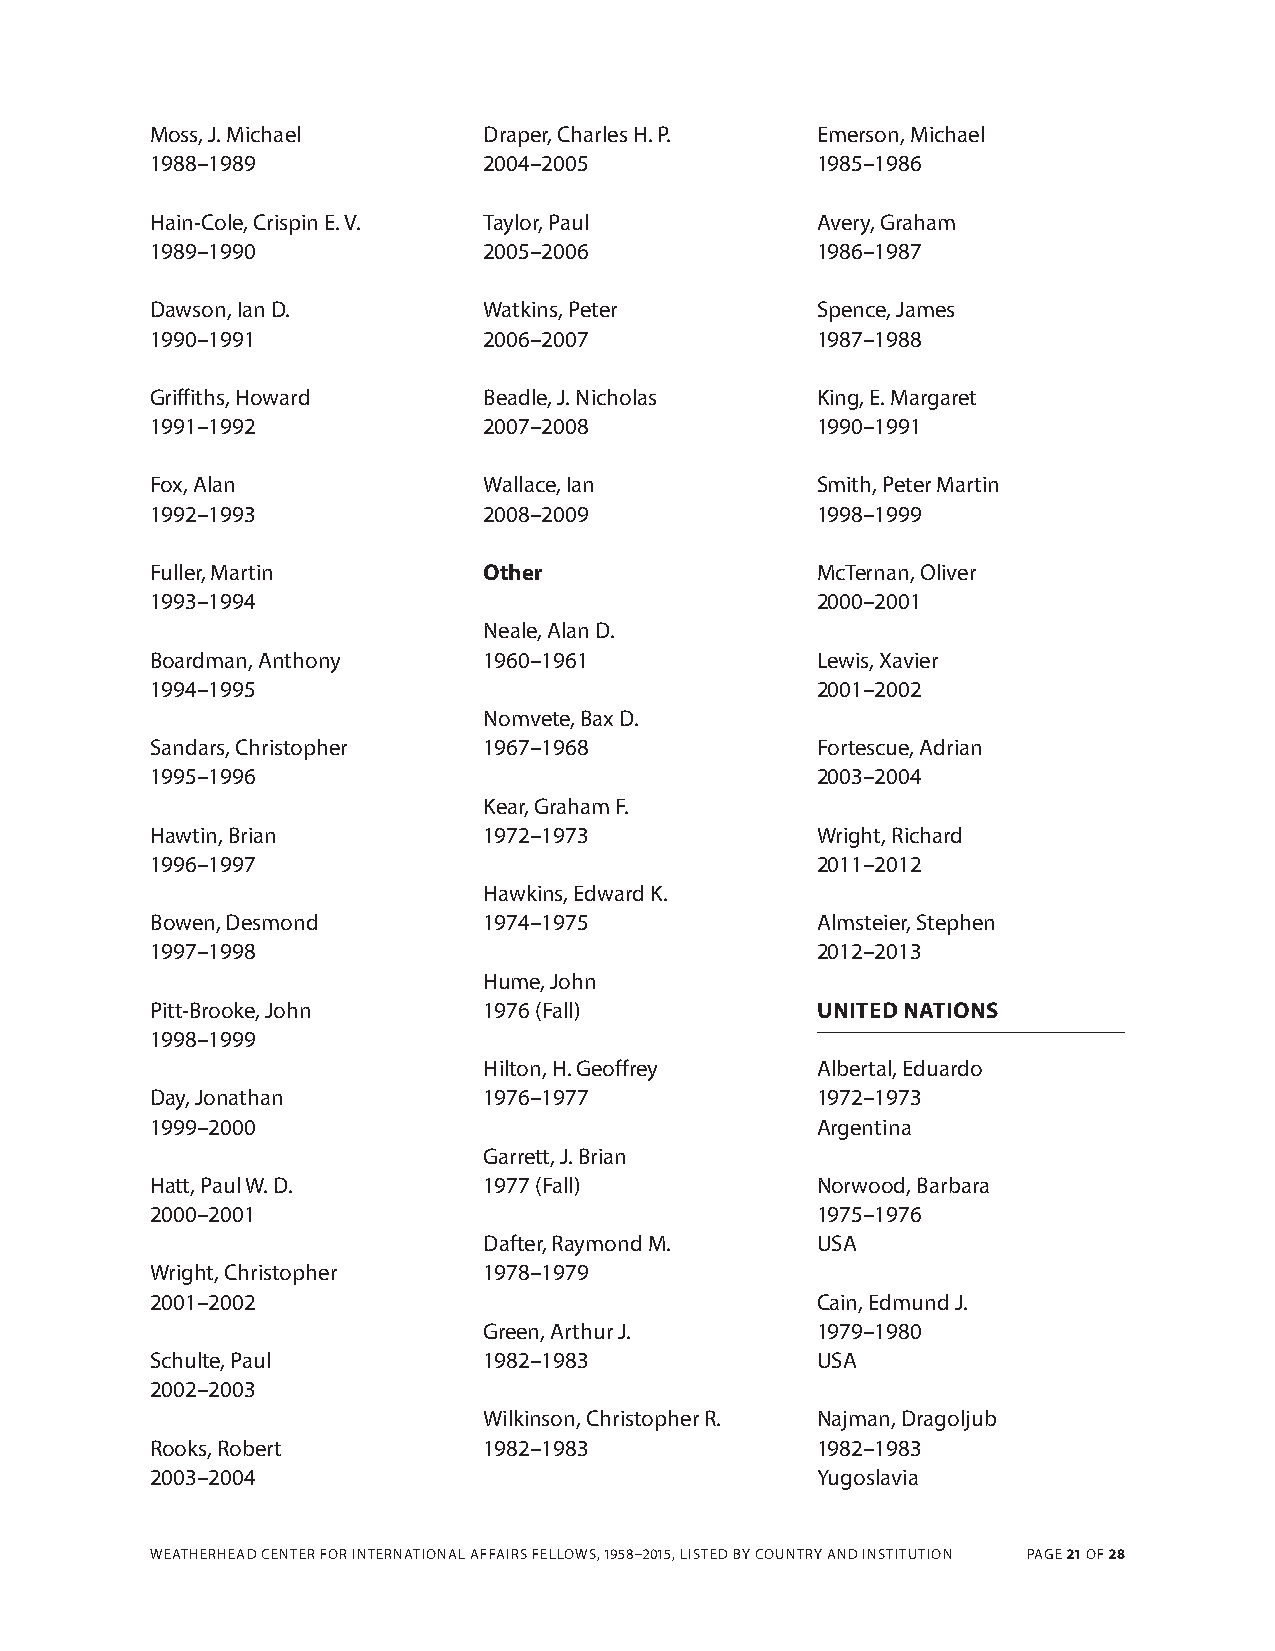
Moss, J. Michael      draper, Charles h. P. Emerson, Michael
 1988–1989             2004–2005             1985–1986
 hain-Cole, Crispin E. V. taylor, Paul       Avery, Graham
 1989–1990             2005–2006             1986–1987
 dawson, Ian d.        Watkins, Peter        Spence, James
 1990–1991             2006–2007             1987–1988
 Griffiths, howard     Beadle, J. Nicholas   King, E. Margaret
 1991–1992             2007–2008             1990–1991
 Fox, Alan             Wallace, Ian          Smith, Peter Martin
 1992–1993             2008–2009             1998–1999
 Fuller, Martin        Other                 Mcternan, Oliver
 1993–1994                                   2000–2001
 Neale, Alan d.
 Boardman, Anthony     1960–1961             Lewis, Xavier
 1994–1995                                   2001–2002
 Nomvete, Bax d.
 Sandars, Christopher  1967–1968             Fortescue, Adrian
 1995–1996                                   2003–2004
 Kear, Graham F.
 hawtin, Brian         1972–1973             Wright, richard
 1996–1997                                   2011–2012
 hawkins, Edward K.
 Bowen, desmond        1974–1975             Almsteier, Stephen
 1997–1998                                   2012–2013
 hume, John
 Pitt-Brooke, John     1976 (Fall)           UNITED NATIONS
 1998–1999
 hilton, h. Geoffrey   Albertal, Eduardo
 day, Jonathan         1976–1977             1972–1973
 1999–2000                                   Argentina
 Garrett, J. Brian
 hatt, Paul W. d.      1977 (Fall)           Norwood, Barbara
 2000–2001                                   1975–1976
 dafter, raymond M.    USA
 Wright, Christopher   1978–1979
 2001–2002                                   Cain, Edmund J.
 Green, Arthur J.      1979–1980
 Schulte, Paul         1982–1983             USA
 2002–2003
 Wilkinson, Christopher r. Najman, dragoljub
 rooks, robert         1982–1983             1982–1983
 2003–2004                                   Yugoslavia
 WEAthErhEAd CENtEr FOr INtErNA tIONAL AFFAIrS FELLOWS, 1958–2015, LIStEd BY COUNtrY ANd INStItUtION PAGE 21 OF 28